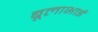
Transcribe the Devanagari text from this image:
बूलाभाई